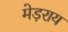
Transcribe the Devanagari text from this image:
मेड़राय